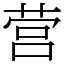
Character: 营